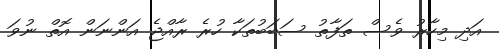
އަދި މިހާރު ވެސް ތަފާތު ސަބަބުތަކާ ހުރެ ރާއްޖެ އަންނަން އޮތް ނުވަ